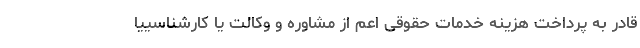
قادر به پرداخت هزینه خدمات حقوقی اعم از مشاوره و وکالت یا کارشناسییا